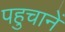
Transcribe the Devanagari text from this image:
पहुचानें